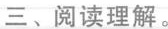
三、阅读理解。